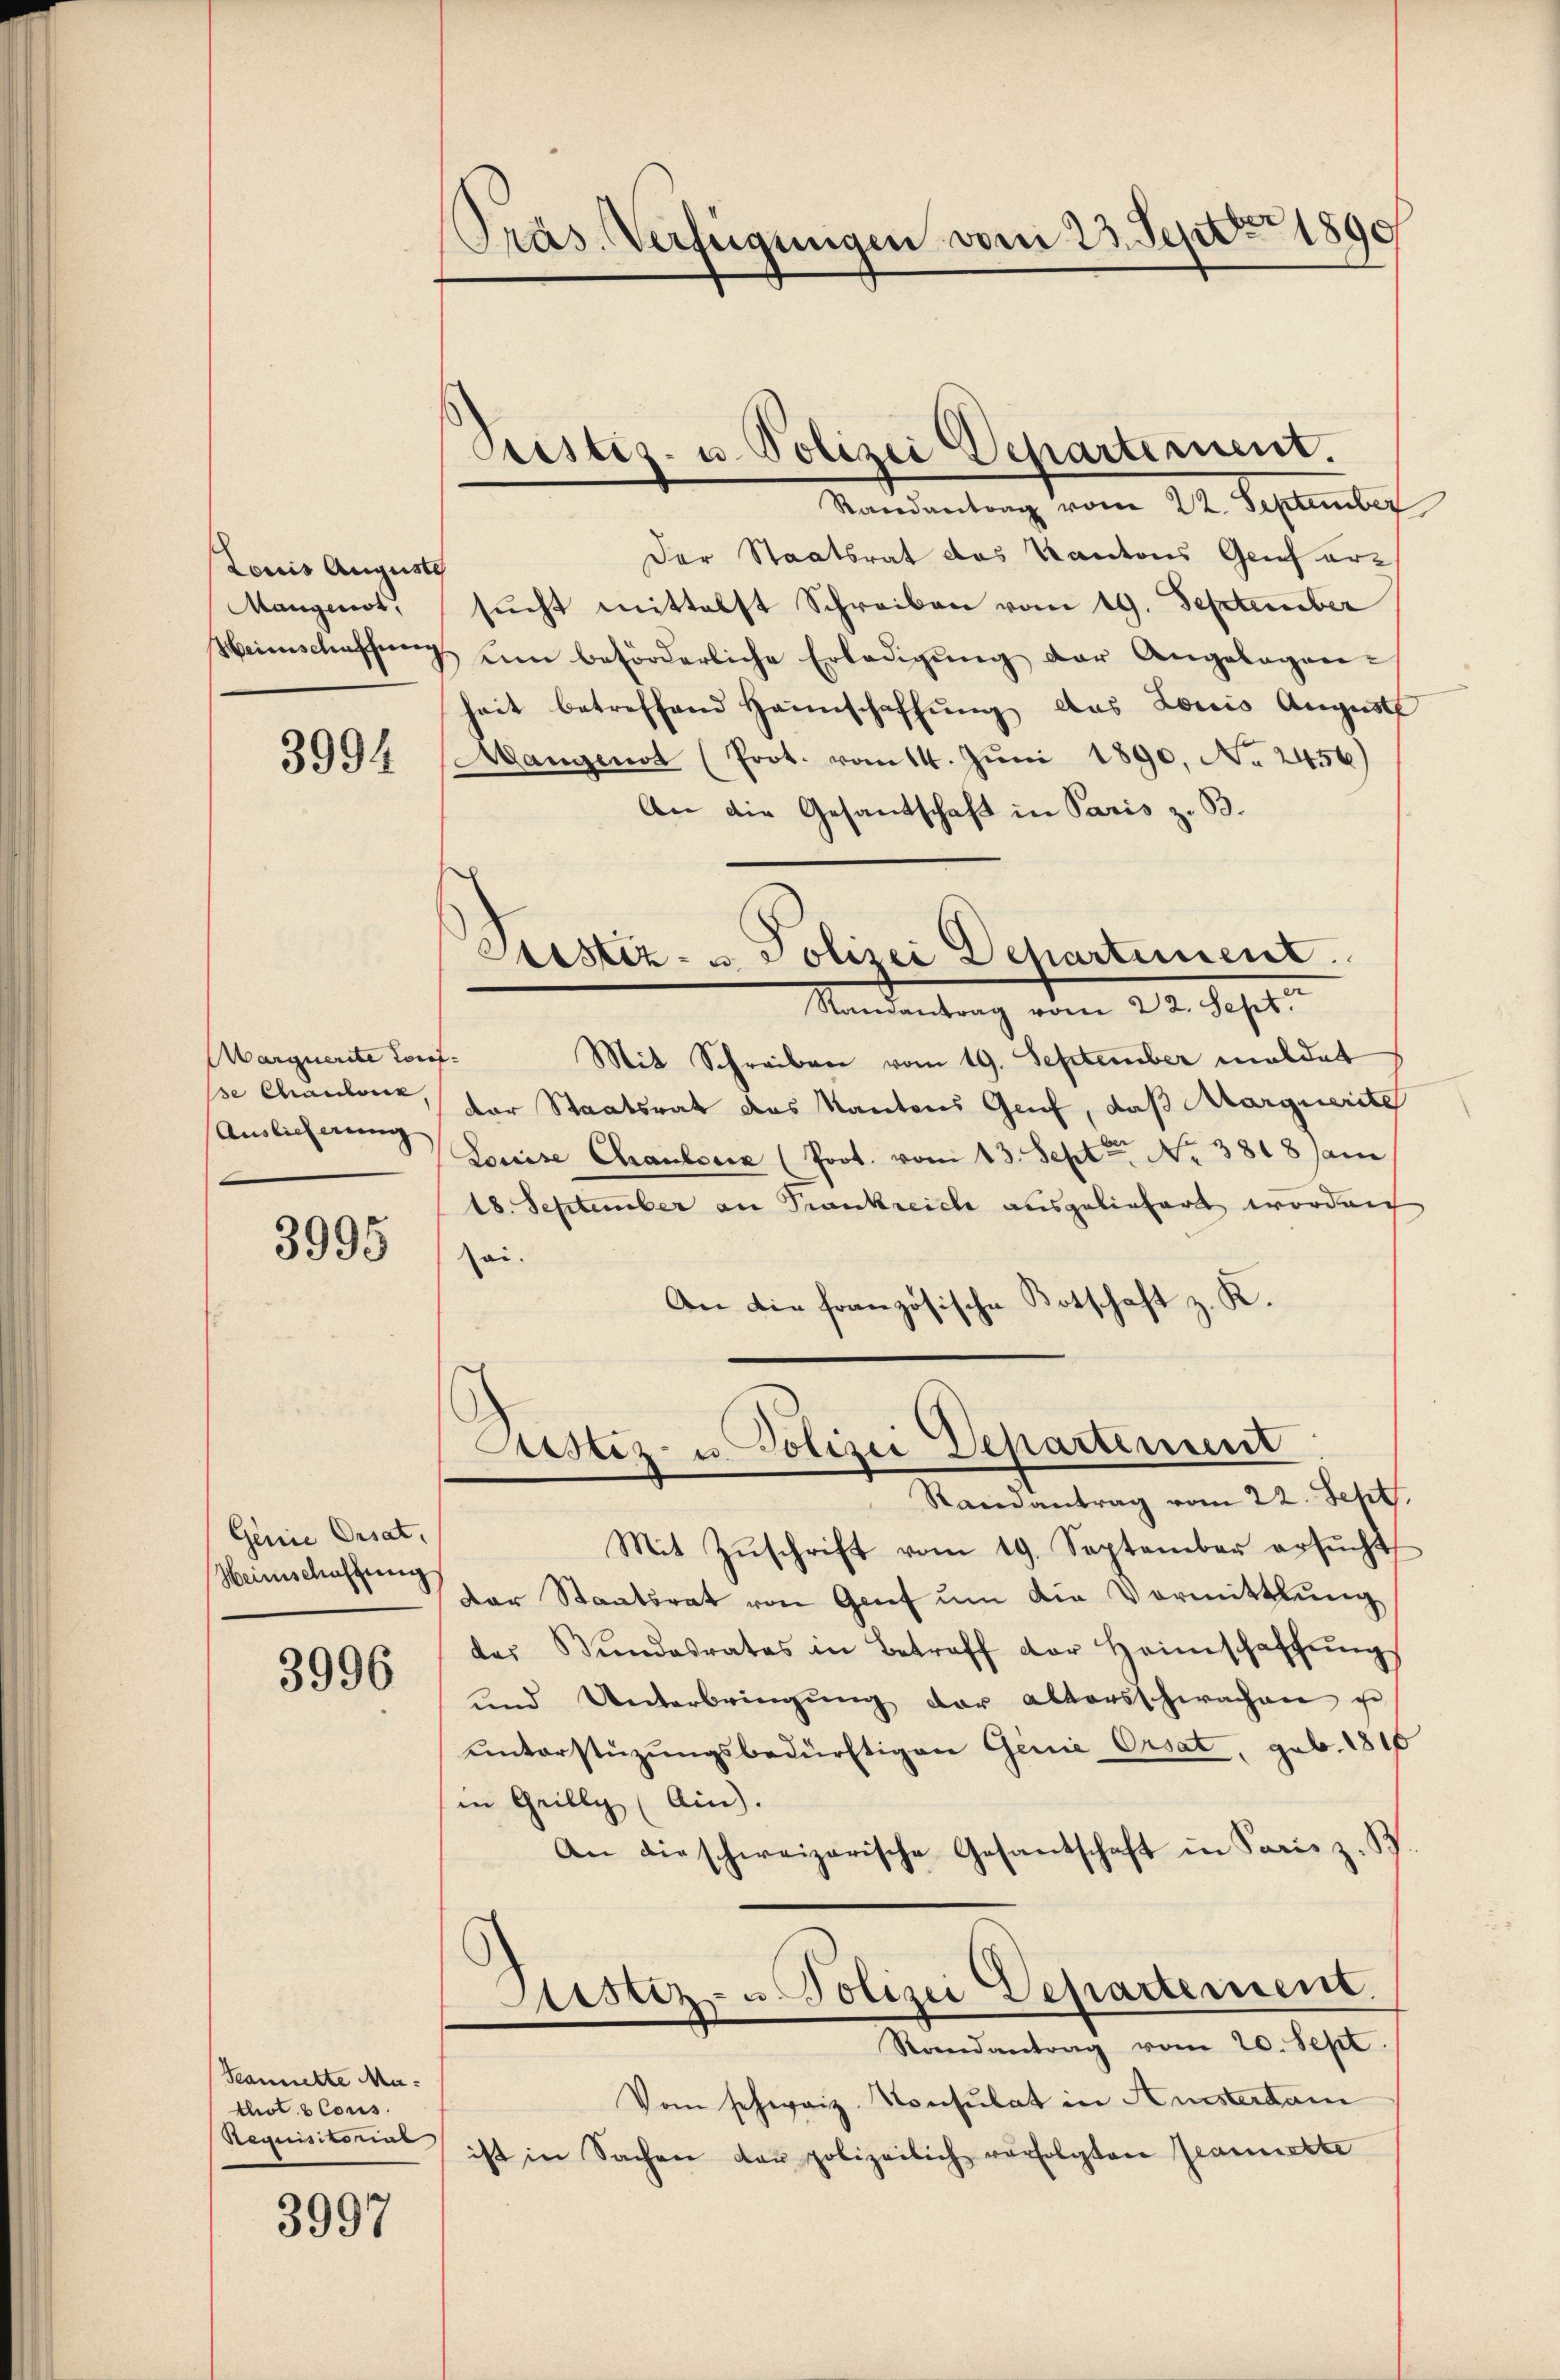
Louis Auguste
Mangenst,
Meimschaffung

3994

Marquerite Torf
se Chaubour,
Auslicherung

3995

Genie Orsat
Heimschaffung

3996

Scammelte Mathot b Cons.
Aequisitorial

3997

PPräs. Verfügungen vom 23. Sept 1890

Randantrag vom 22. September
Der Staatsrat des Kantons Geich ersucht mittelst Schreiben vom 19. September
um beförderliche Erledigŭng der Angelegenheit betreffend Haunschaffŭng das Louis August
Mangenot (Prot. vom 14. Juni 1890, No 2456)
An die Gesandschaft in Paris z. B.
Stistiz- u. Polizei Dechartement
Standentrag vom 22. Sept.
.
Mit Schreiben vom 19. September meldet
der Staatsrat das Kantons Genf, daß Marquerite
Louise Chausen (Prot. vom 13. Sept No. 3818 sam
18. September an Trankreich ausgeliefert worden
ai.
An die französische Botschaft z. K.

Cristiz- u. Polizei Departement.

Justiz- u. Polizei Departement
Randantrag vom 22. Sept
Mit Zŭschrift vom 19. September ersŭcht,

der Staatsrat von Genf um die Vormittlung
das Bundesrates in Betreff der Heimschaffŭng
und Unterbringŭng der altersschwachen u
ŭnterstüzungsbedürftigen Genie Orsat, geb. 1810
in Grilly (Ain).
An die schweizerische Gesantschaft in Paris z. B.
Justiz- u Polizei Departement
Randantrag vom 20. Sept.
Vom schweiz. Konsulat in Amsterdam
ist in Sachen der polizeilich verfolgten Granierte